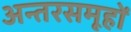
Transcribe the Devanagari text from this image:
अन्तरसमूहों